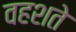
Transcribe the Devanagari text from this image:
वहशते